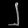
Digit: ၂